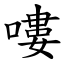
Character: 嘍